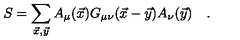
S = \sum _ { \vec { x } , \vec { y } } A _ { \mu } ( \vec { x } ) G _ { \mu \nu } ( \vec { x } - \vec { y } ) A _ { \nu } ( \vec { y } ) \quad .